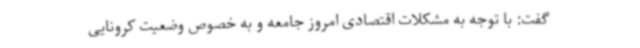
گفت: با توجه به مشکلات اقتصادی امروز جامعه و به خصوص وضعیت کرونایی